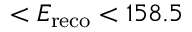
< E _ { \mathrm { r e c o } } < 1 5 8 . 5